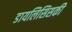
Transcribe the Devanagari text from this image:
डायलिसिसकी